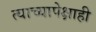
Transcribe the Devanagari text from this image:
त्याच्यापेक्षाही